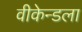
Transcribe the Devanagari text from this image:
वीकेन्डला